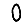
Digit: 0